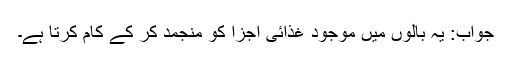
جواب: یہ بالوں میں موجود غذائی اجزا کو منجمد کر کے کام کرتا ہے۔